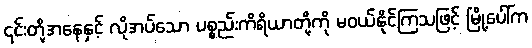
၎င်းတို့အနေနှင့် လိုအပ်သော ပစ္စည်းကိရိယာတို့ကို မဝယ်နိုင်ကြသဖြင့် မြို့ပေါ်က